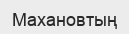
Махановтың